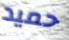
حميد